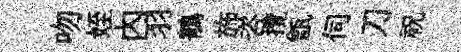
吻姪内羽鶺斾咨攬甑伺刀祝